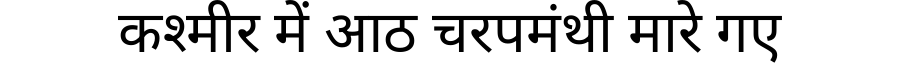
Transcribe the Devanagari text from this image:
कश्मीर में आठ चरपमंथी मारे गए